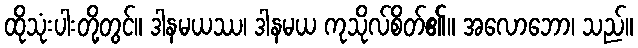
ထိုသုံးပါးတို့တွင်။ ဒါနမယဿ၊ ဒါနမယ ကုသိုလ်စိတ်၏။ အလောဘော၊ သည်။